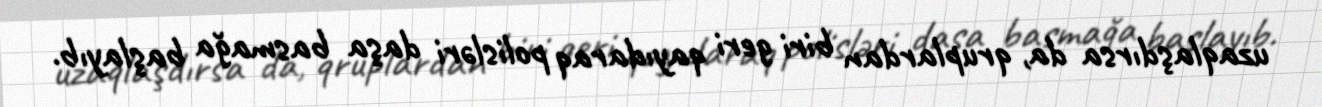
uzaqlaşdırsa da, qruplardan biri geri qayıdaraq polisləri daşa basmağa başlayıb.